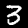
Label: 3